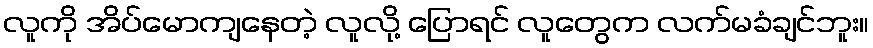
လူကို အိပ်မောကျနေတဲ့ လူလို့ ပြောရင် လူတွေက လက်မခံချင်ဘူး။